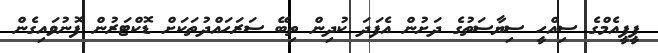
ޕީޕީއެމްގެ ސިއްހީ ސިޔާސަތުގެ ދަށުން އެފަދަ ކުދިން ތިބޭ ސަރަހައްދުތަކަށް ޑޮކްޓަރުން ފޮނުވައިގެން